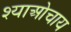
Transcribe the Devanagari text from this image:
श्याओचाय